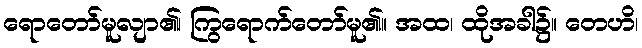
ရောတော်မူလျာ၏၊ ကြွရောက်တော်မူ၏။ အထ၊ ထိုအခါ၌။ တေဟိ၊